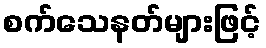
စက်သေနတ်များဖြင့်